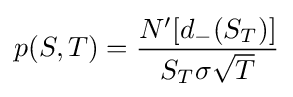
p(S,T)={\frac {N^{\prime }[d_{-}(S_{T})]}{S_{T}\sigma {\sqrt {T}}}}